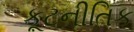
કૂટનીતિક